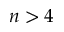
n > 4